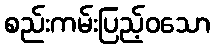
စည်းကမ်းပြည့်ဝသော